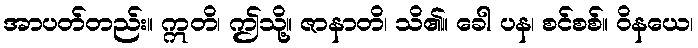
အာပတ်တည်း။ ဣတိ၊ ဤသို့။ ဇာနာတိ၊ သိ၏။ ခေါ ပန၊ စင်စစ်။ ဝိနယေ၊